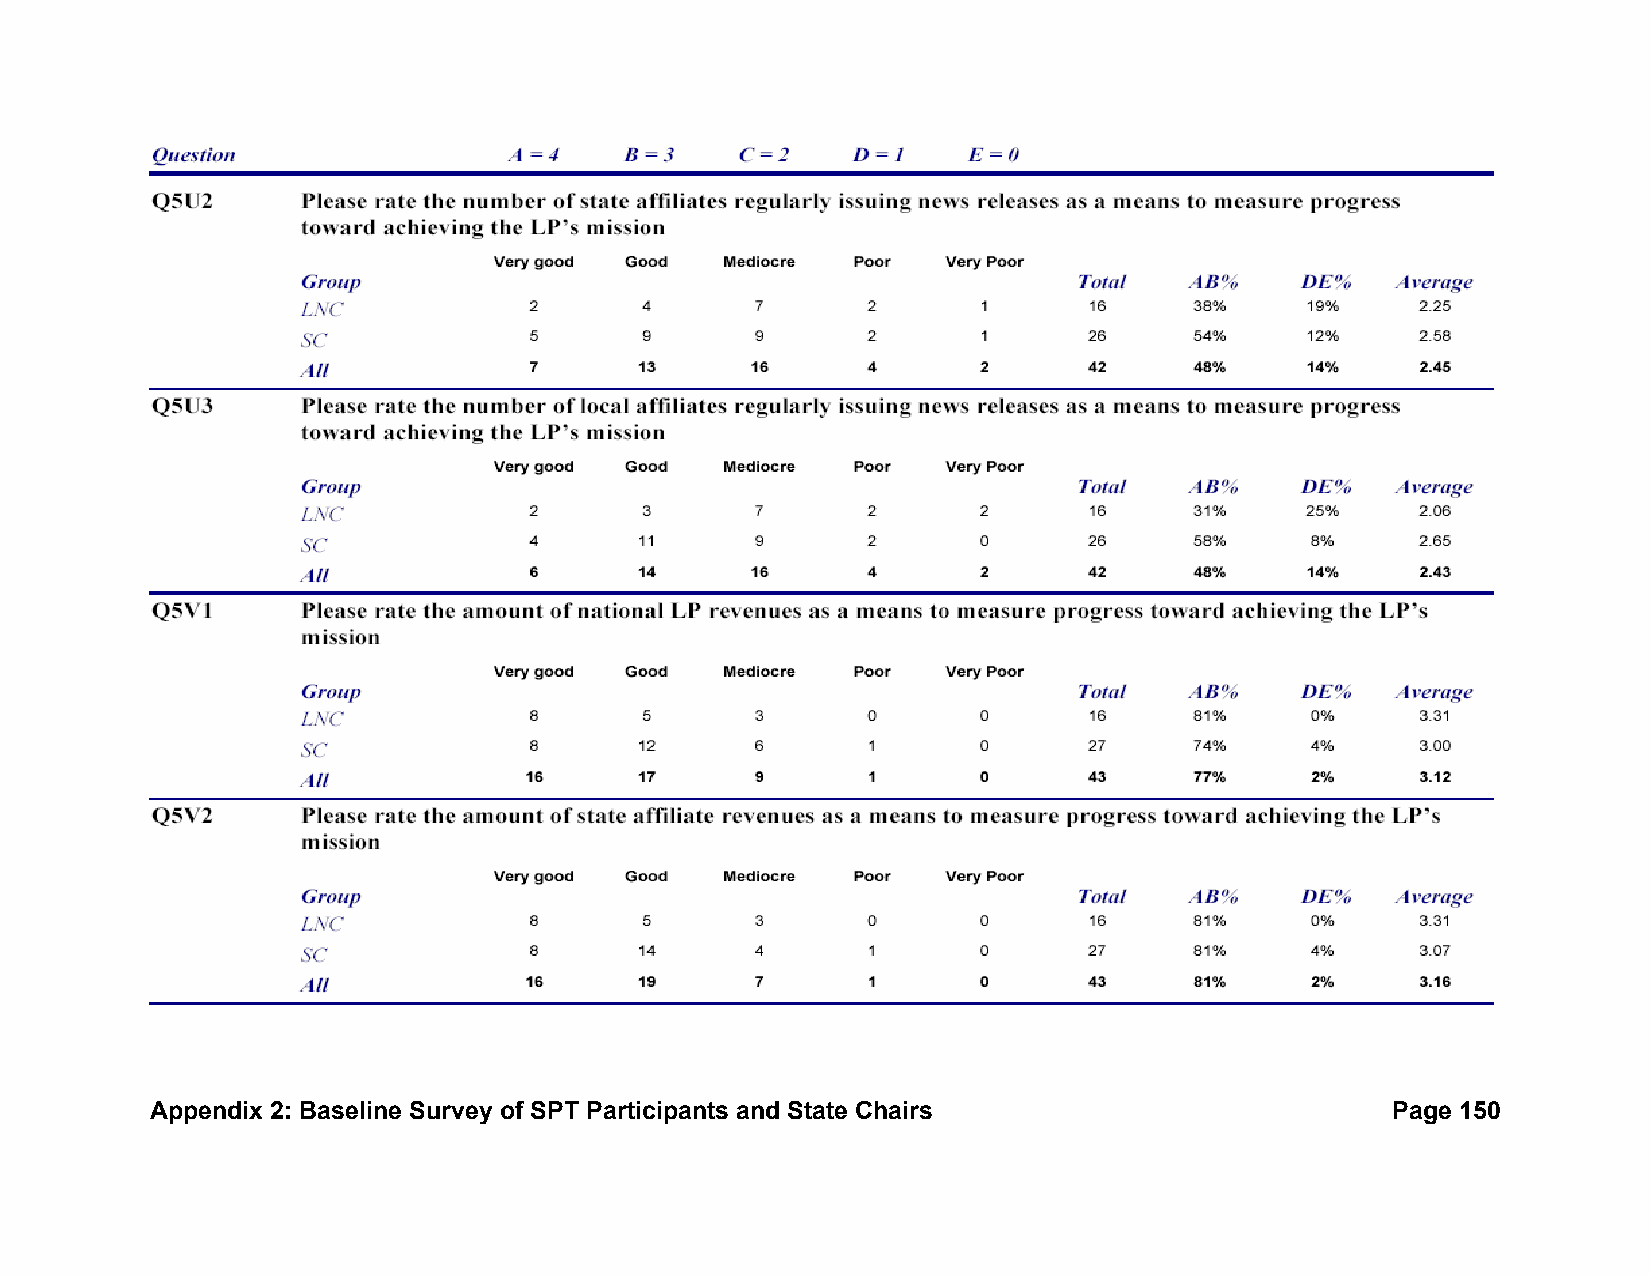
Appendix 2: Baseline Survey of SPT Participants and State Chairs                  Page 150